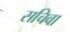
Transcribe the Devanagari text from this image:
सचिवा